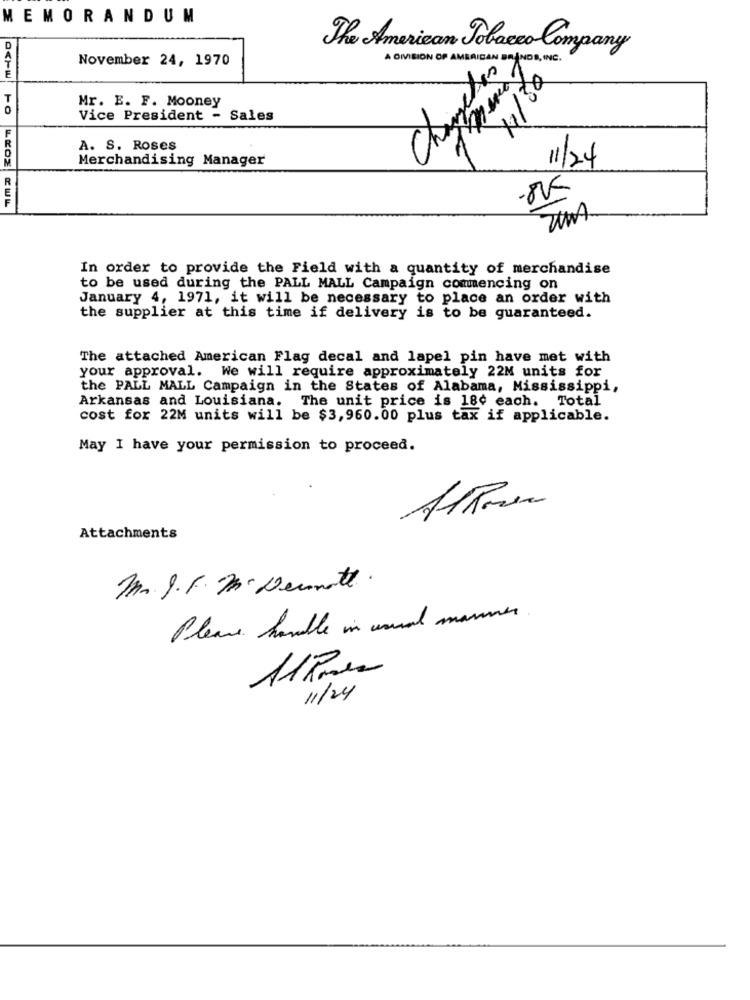
MEMORANDUM
The American Tobacco Company
November 24, 1970
A DIVISION OF AMERICAN BRANDS, INC.
to
Mr. E. F. Mooney
Vice President - Sales
A. S. Roses
Merchandising Manager
11/24
LEOZ CUL
In order to provide the Field with a quantity of merchandise
to be used during the PALL MALL Campaign commencing on
January 4, 1971, it will be necessary to place an order with
the supplier at this time if delivery is to be guaranteed.
The attached American Flag decal and lapel pin have met with
your approval. We will require approximately 22M units for
the PALL MALL Campaign in the States of Alabama, Mississippi,
Arkansas and Louisiana. The unit price is 18¢ each. Total
cost for 22M units will be $3,960.00 plus tax if applicable.
May I have your permission to proceed.
Attachments
M. I.F.M. Dennett.
Please handle in usual manner
11/24